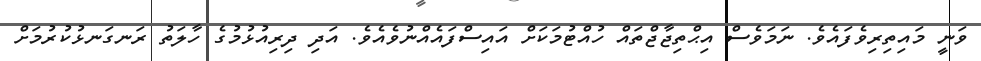
ވަނީ މައިތިރިވެފައެވެ. ނަމަވެސް އިޙްތިޖާޖްތައް ހުއްޓުމަކަށް އައިސްފައެއްނުވެއެވެ. އަދި ދިރިއުޅުމުގެ ހާލަތު ރަނގަނޅުކުރުމަށް